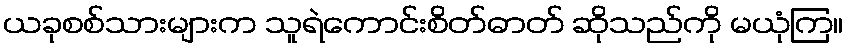
ယခုစစ်သားများက သူရဲကောင်းစိတ်ဓာတ် ဆိုသည်ကို မယုံကြ။